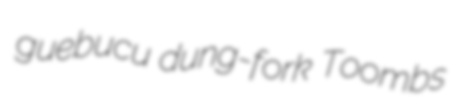
guebucu dung-fork Toombs